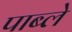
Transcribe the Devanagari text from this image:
पाब्ले